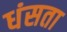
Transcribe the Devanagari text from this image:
धंसता